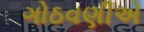
ગોઠવણીએ